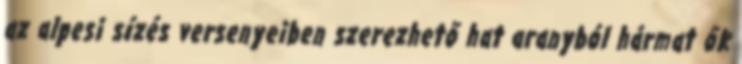
az alpesi sízés versenyeiben szerezhető hat aranyból hármat ők